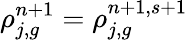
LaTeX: \rho_{j,g}^{n+1}=\rho_{j,g}^{n+1,s+1}